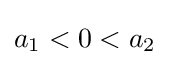
a_{1}<0<a_{2}